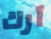
آرك